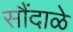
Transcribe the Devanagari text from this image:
सौंदाळे